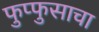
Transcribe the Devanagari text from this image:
फुप्फुसाचा